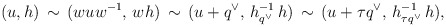
\begin{align*}(u,h)\,\sim\,(wuw^{-1},\, wh)\,\sim\,(u+q^\vee,\,h^{-1}_{q^\vee}\,h)\,\sim \,(u+\tau q^\vee,\, h^{-1}_{\tau q^\vee}\,h),\end{align*}